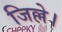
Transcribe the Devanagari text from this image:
जिल्ले।